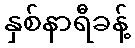
နှစ်နာရီခန့်